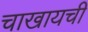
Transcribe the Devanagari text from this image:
चाखायची